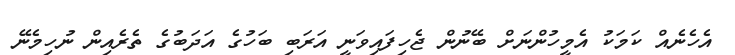
އެހެނެއް ކަމަކު އެމީހުންނަށް ބޭނުން ޖެހިފައިވަނީ އަރަބި ބަހުގެ އަދަބުގެ ތެރެއިން ނުހިމެނޭ